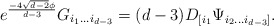
\begin{align*}e^{\frac{-4 \sqrt{d-2}\phi}{d-3}}G_{i_{1}...i_{d-3}} = (d-3) D_{[i_{1}}\Psi_{i_{2}...i_{d-3}]}.\end{align*}